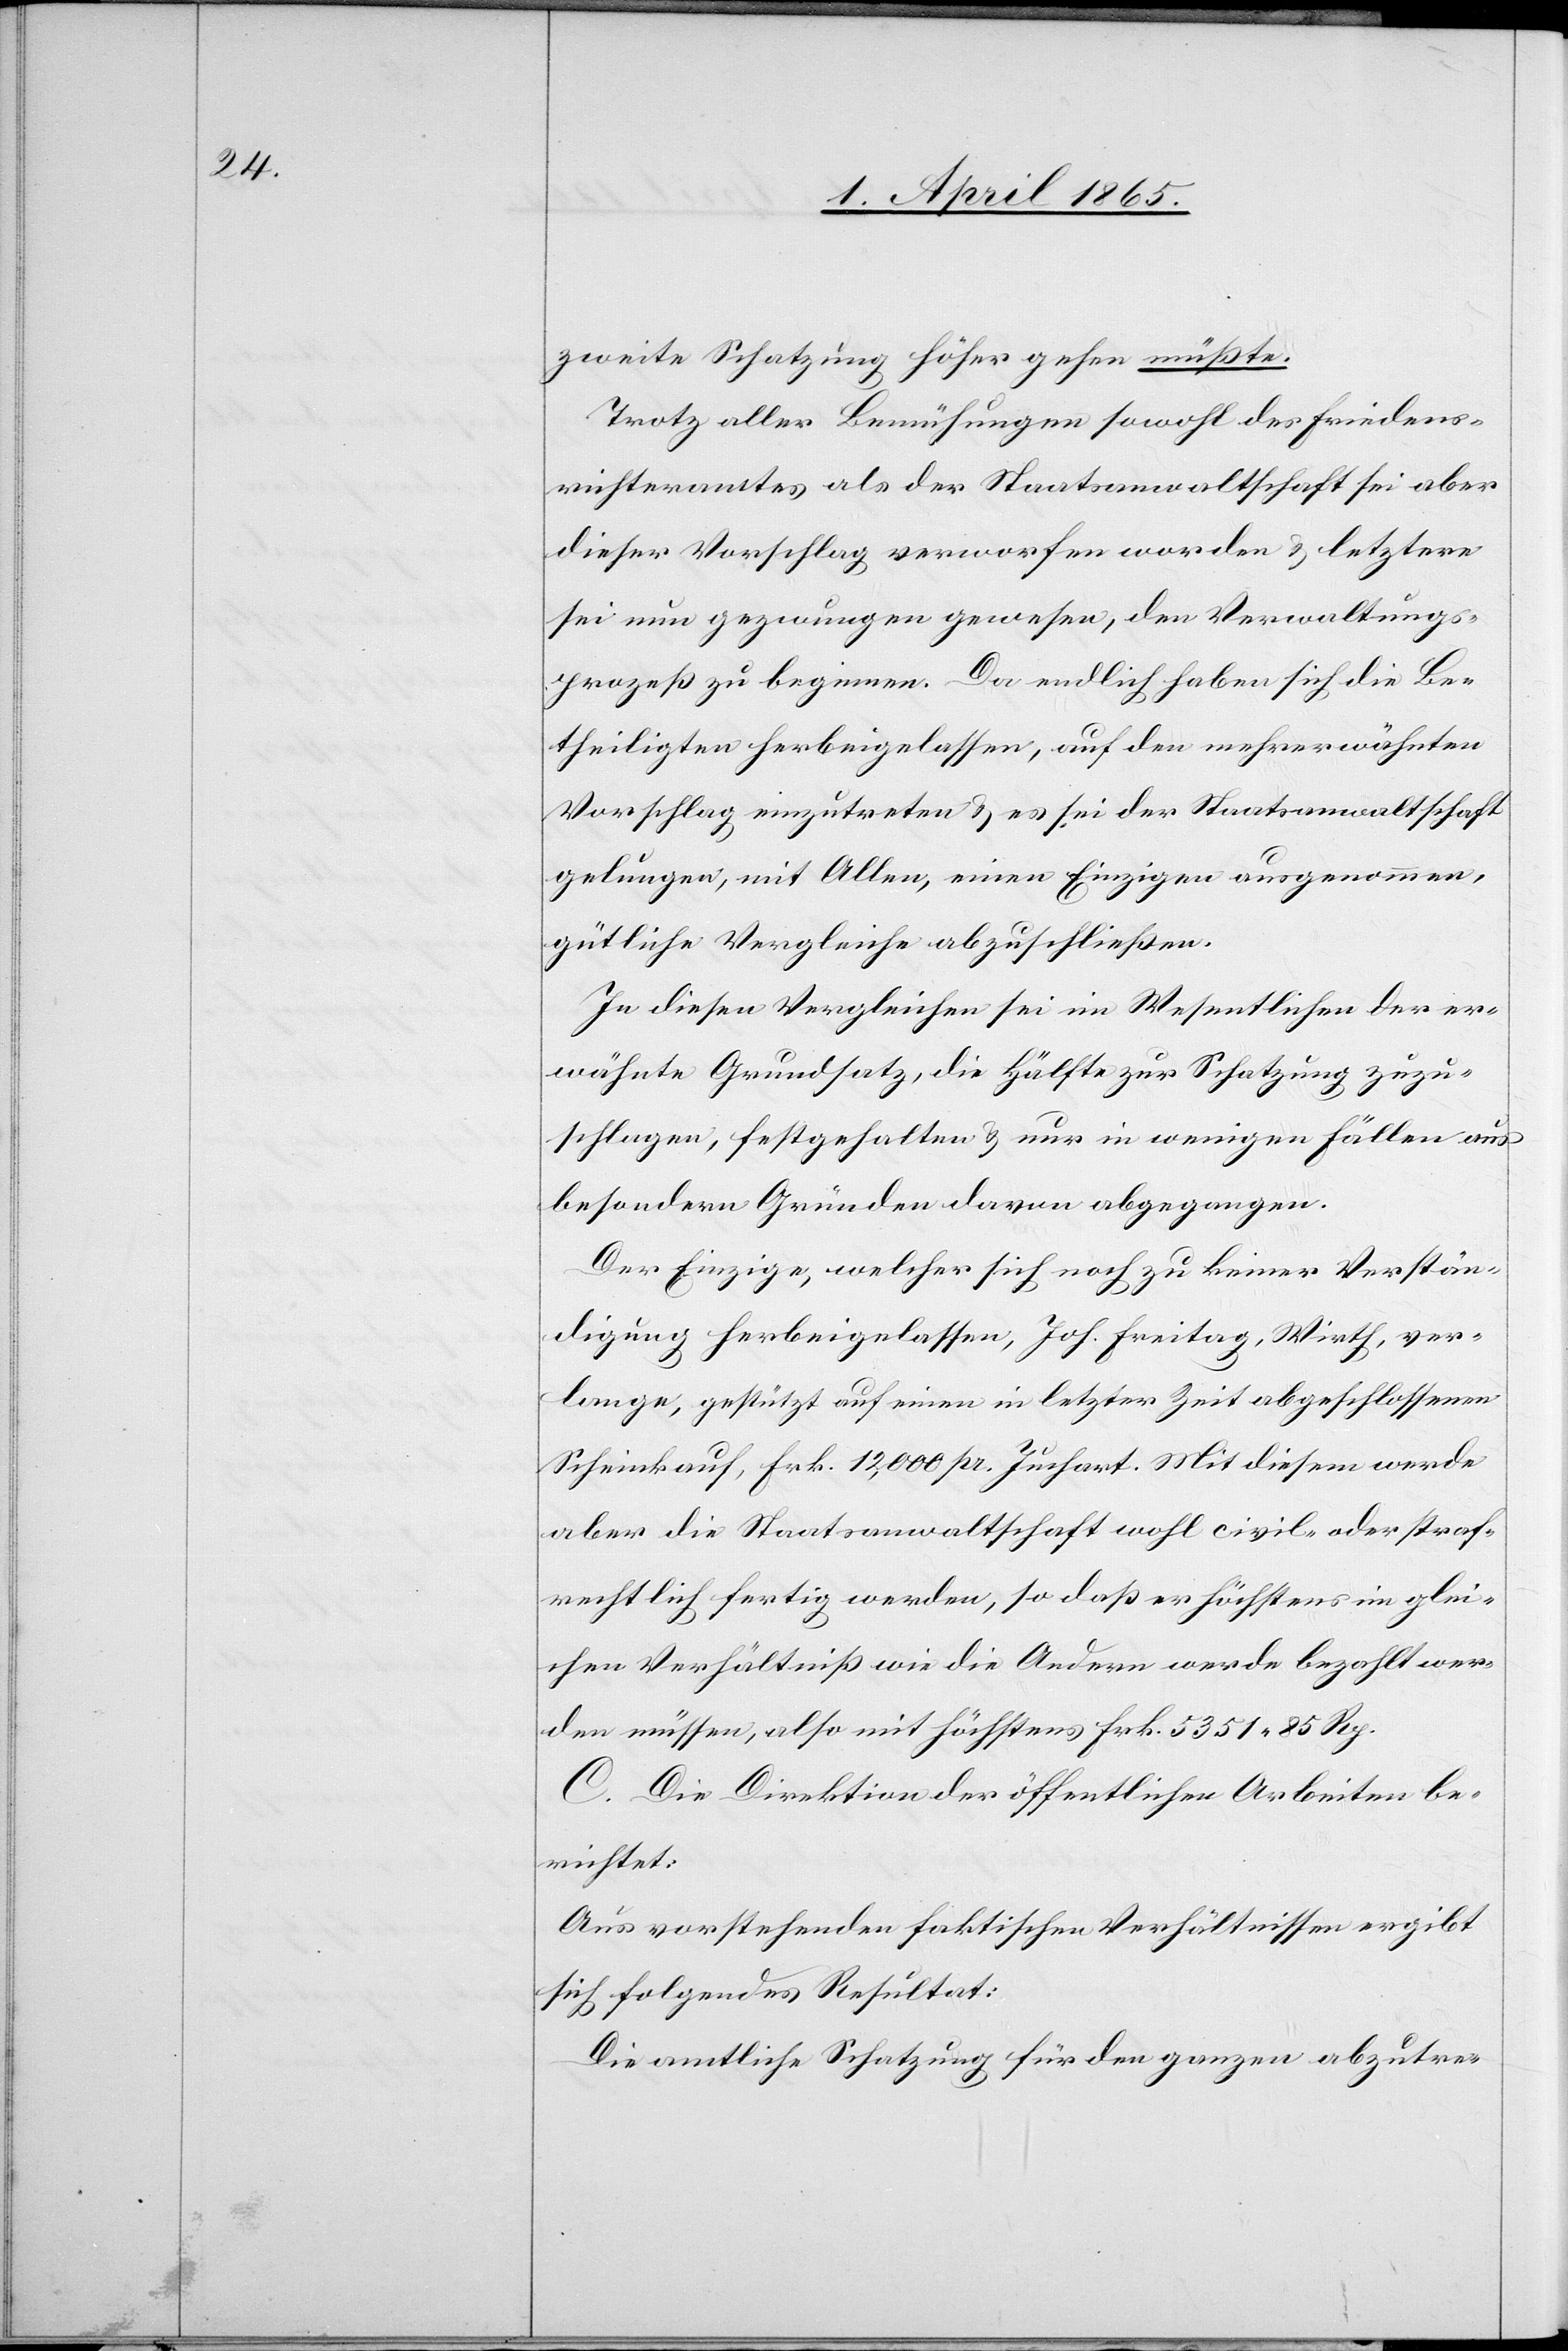
zweite Schatzung höher gehen müßte.
Trotz aller Bemühungen sowohl des Friedens¬
richteramtes als der Staatsanwaltschaft sei aber
dieser Vorschlag verworfen worden & letztere
sei nun gezwungen gewesen, den Verwaltungs¬
prozeß zu beginnen. Da endlich haben sich die Be¬
theiligten herbeigelassen, auf den mehrerwähnten
Vorschlag einzutreten & es sei der Staatsanwaltschaft
gelungen, mit Allen, einen Einzigen ausgenommen,
gütliche Vergleiche abzuschließen.
In diesen Vergleichen sei im Wesentlichen der er¬
wähnte Grundsatz, die Hälfte zur Schatzung zuzu¬
schlagen, festgehalten & nur in wenigen Fällen aus
besondern Gründen davon abgegangen.
Der Einzige, welcher sich noch zu keiner Verstän¬
digung herbeigelassen, Joh. Freitag, Wirth, ver¬
lange, gestützt auf einen in letzter Zeit abgeschlossenen
Scheinkauf, Frk. 12,000 pr. Juchart. Mit diesem werde
aber die Staatsanwaltschaft wohl civil- oder straf¬
rechtlich fertig werden, so daß er höchstens im glei¬
chen Verhältniß wie die Andern werde bezahlt wer¬
den müssen, also mit höchstens Frk. 5351 85 Rp.
C. Die Direktion der öffentlichen Arbeiten be¬
richtet:
Aus vorstehenden faktischen Verhältnissen ergibt
sich Folgendes Resultat:
Die amtliche Schatzung für den ganzen abzutre-